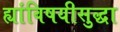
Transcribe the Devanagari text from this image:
ह्यांविषयीसुद्धा